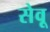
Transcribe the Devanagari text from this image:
सेवू